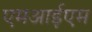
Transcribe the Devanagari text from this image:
एमआईएम